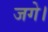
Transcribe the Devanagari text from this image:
जगे।